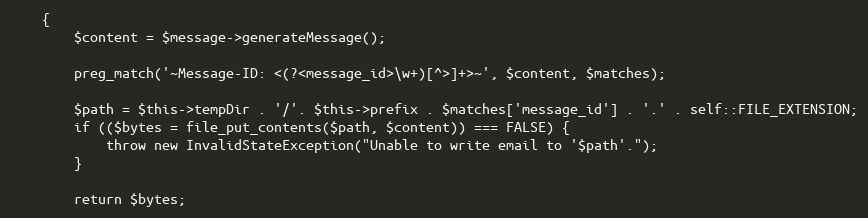
Language: PHP
	{
		$content = $message->generateMessage();

		preg_match('~Message-ID: <(?<message_id>\w+)[^>]+>~', $content, $matches);

		$path = $this->tempDir . '/'. $this->prefix . $matches['message_id'] . '.' . self::FILE_EXTENSION;
		if (($bytes = file_put_contents($path, $content)) === FALSE) {
			throw new InvalidStateException("Unable to write email to '$path'.");
		}

		return $bytes;